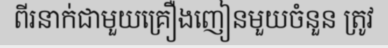
ពីរនាក់ជាមួយគ្រឿងញៀនមួយចំនួន ត្រូវ